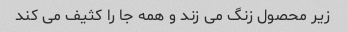
زیر محصول زنگ می زند و همه جا را کثیف می کند